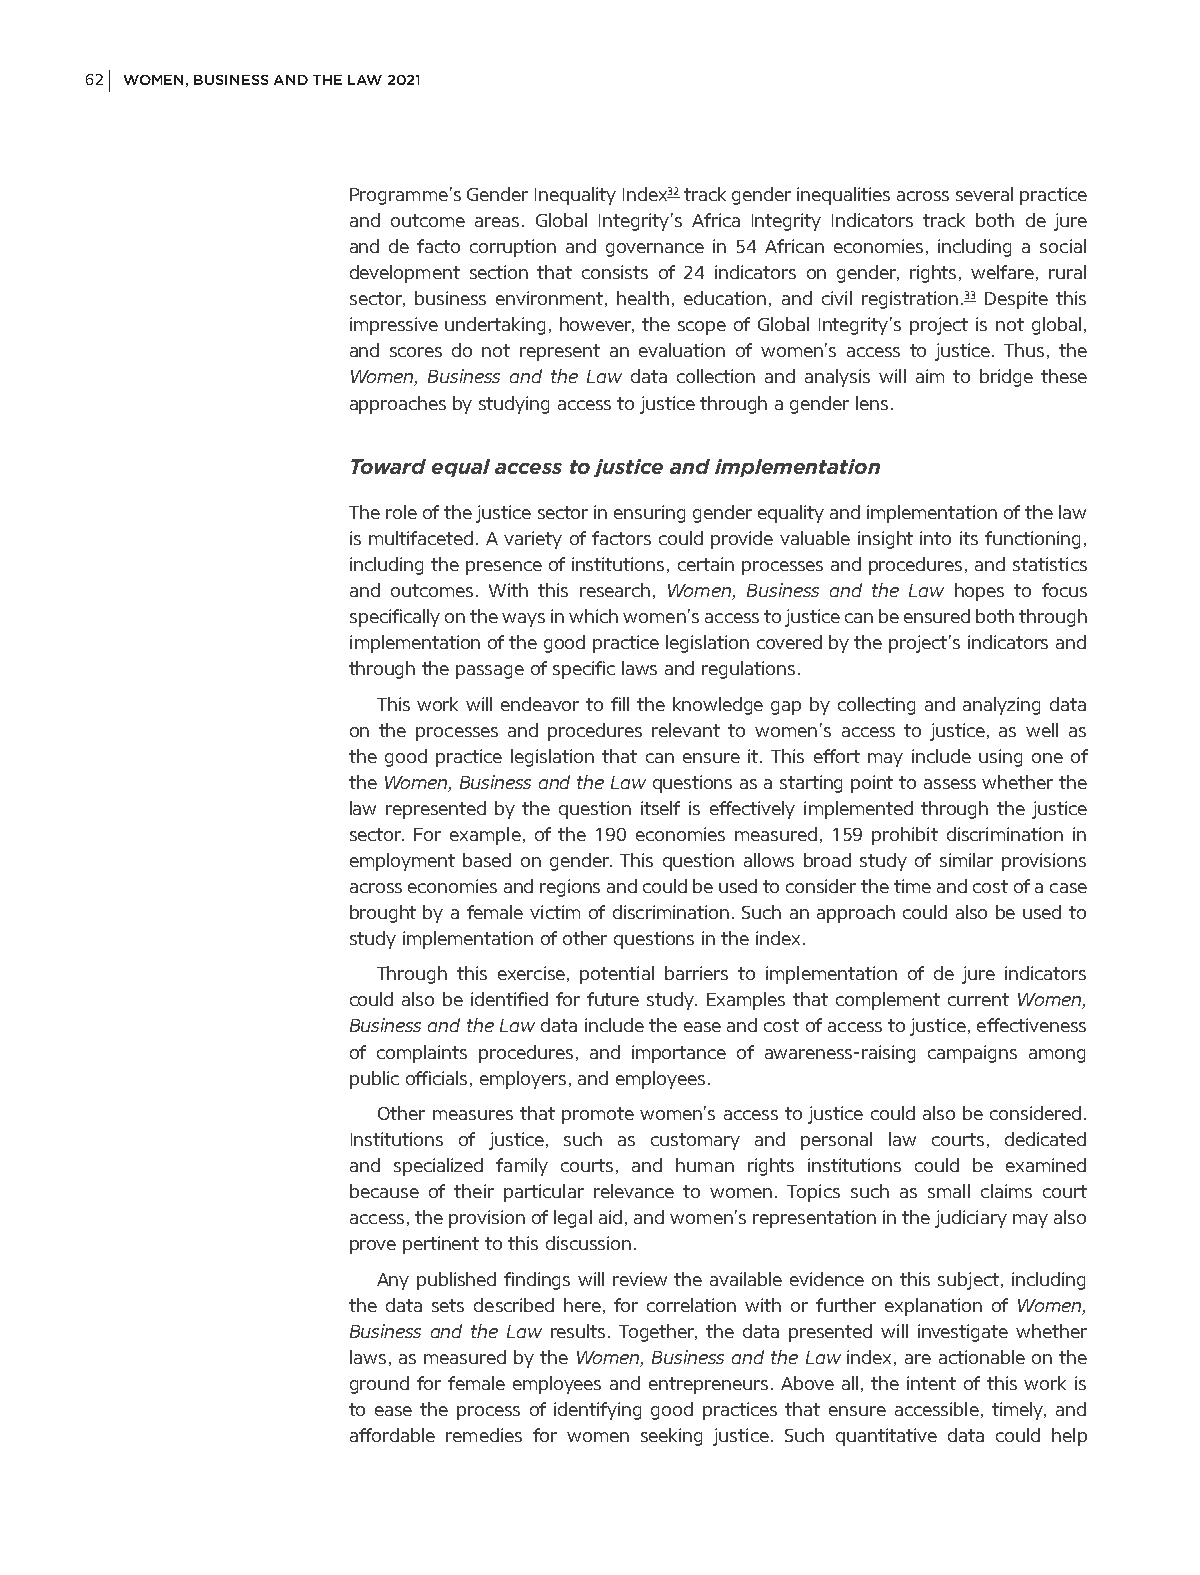
62 WOMEN, BUSINESS AND THE LAW 2021
 Programme’s Gender Inequality Index32 track gender inequalities across several practice
 and outcome areas. Global Integrity’s Africa Integrity Indicators track both de jure
 and de facto corruption and governance in 54 African economies, including a social
 development section that consists of 24 indicators on gender, rights, welfare, rural
 sector, business environment, health, education, and civil registration.33 Despite this
 impressive undertaking, however, the scope of Global Integrity’s project is not global,
 and scores do not represent an evaluation of women’s access to justice. Thus, the
 Women, Business and the Law data collection and analysis will aim to bridge these
 approaches by studying access to justice through a gender lens.
 Toward equal access to justice and implementation
 The role of the justice sector in ensuring gender equality and implementation of the law
 is multifaceted. A variety of factors could provide valuable insight into its functioning,
 including the presence of institutions, certain processes and procedures, and statistics
 and outcomes. With this research, Women, Business and the Law hopes to focus
 specifically on the ways in which women’s access to justice can be ensured both through
 implementation of the good practice legislation covered by the project’s indicators and
 through the passage of specific laws and regulations.
 This work will endeavor to fill the knowledge gap by collecting and analyzing data
 on the processes and procedures relevant to women’s access to justice, as well as
 the good practice legislation that can ensure it. This effort may include using one of
 the Women, Business and the Law questions as a starting point to assess whether the
 law represented by the question itself is effectively implemented through the justice
 sector. For example, of the 190 economies measured, 159 prohibit discrimination in
 employment based on gender. This question allows broad study of similar provisions
 across economies and regions and could be used to consider the time and cost of a case
 brought by a female victim of discrimination. Such an approach could also be used to
 study implementation of other questions in the index.
 Through this exercise, potential barriers to implementation of de jure indicators
 could also be identified for future study. Examples that complement current Women,
 Business and the Law data include the ease and cost of access to justice, effectiveness
 of complaints procedures, and importance of awareness-raising campaigns among
 public officials, employers, and employees.
 Other measures that promote women’s access to justice could also be considered.
 Institutions of justice, such as customary and personal law courts, dedicated
 and specialized family courts, and human rights institutions could be examined
 because of their particular relevance to women. Topics such as small claims court
 access, the provision of legal aid, and women’s representation in the judiciary may also
 prove pertinent to this discussion.
 Any published findings will review the available evidence on this subject, including
 the data sets described here, for correlation with or further explanation of Women,
 Business and the Law results. Together, the data presented will investigate whether
 laws, as measured by the Women, Business and the Law index, are actionable on the
 ground for female employees and entrepreneurs. Above all, the intent of this work is
 to ease the process of identifying good practices that ensure accessible, timely, and
 affordable remedies for women seeking justice. Such quantitative data could help